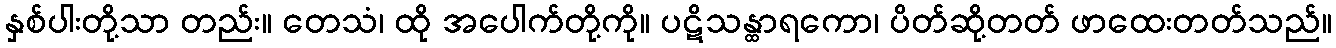
နှစ်ပါးတို့သာ တည်း။ တေသံ၊ ထို အပေါက်တို့ကို။ ပဋိသန္ထာရကော၊ ပိတ်ဆို့တတ် ဖာထေးတတ်သည်။